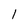
Character: 1